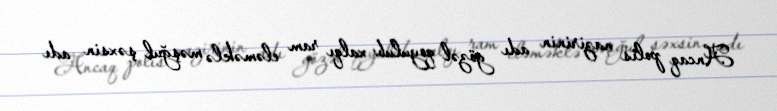
Ancaq polis nazirinin adı gözəl qoyulub: xalqı ram eləməklə məşğul şəxsin adı